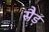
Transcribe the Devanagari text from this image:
सैड़